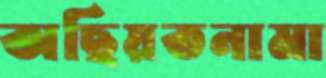
অছিয়তনামা